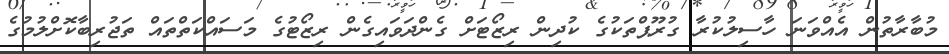
މުބާރާތުން އެއްވަނަ ހާސިލުކުރާ ގުރޫޕްތަކުގެ ކުދިން ރިޒޯޓަށް ގެންދަވައިގެން ރިޒޯޓުގެ މަސައްކަތްތައް ތަޖުރިބާކޮށްލުމުގެ